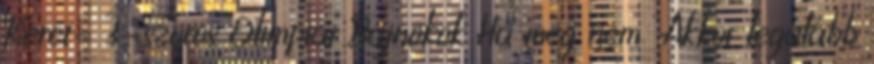
Keret- 3-szoros Olimpiai Bajnokok Ha meg nem Akkor legalább